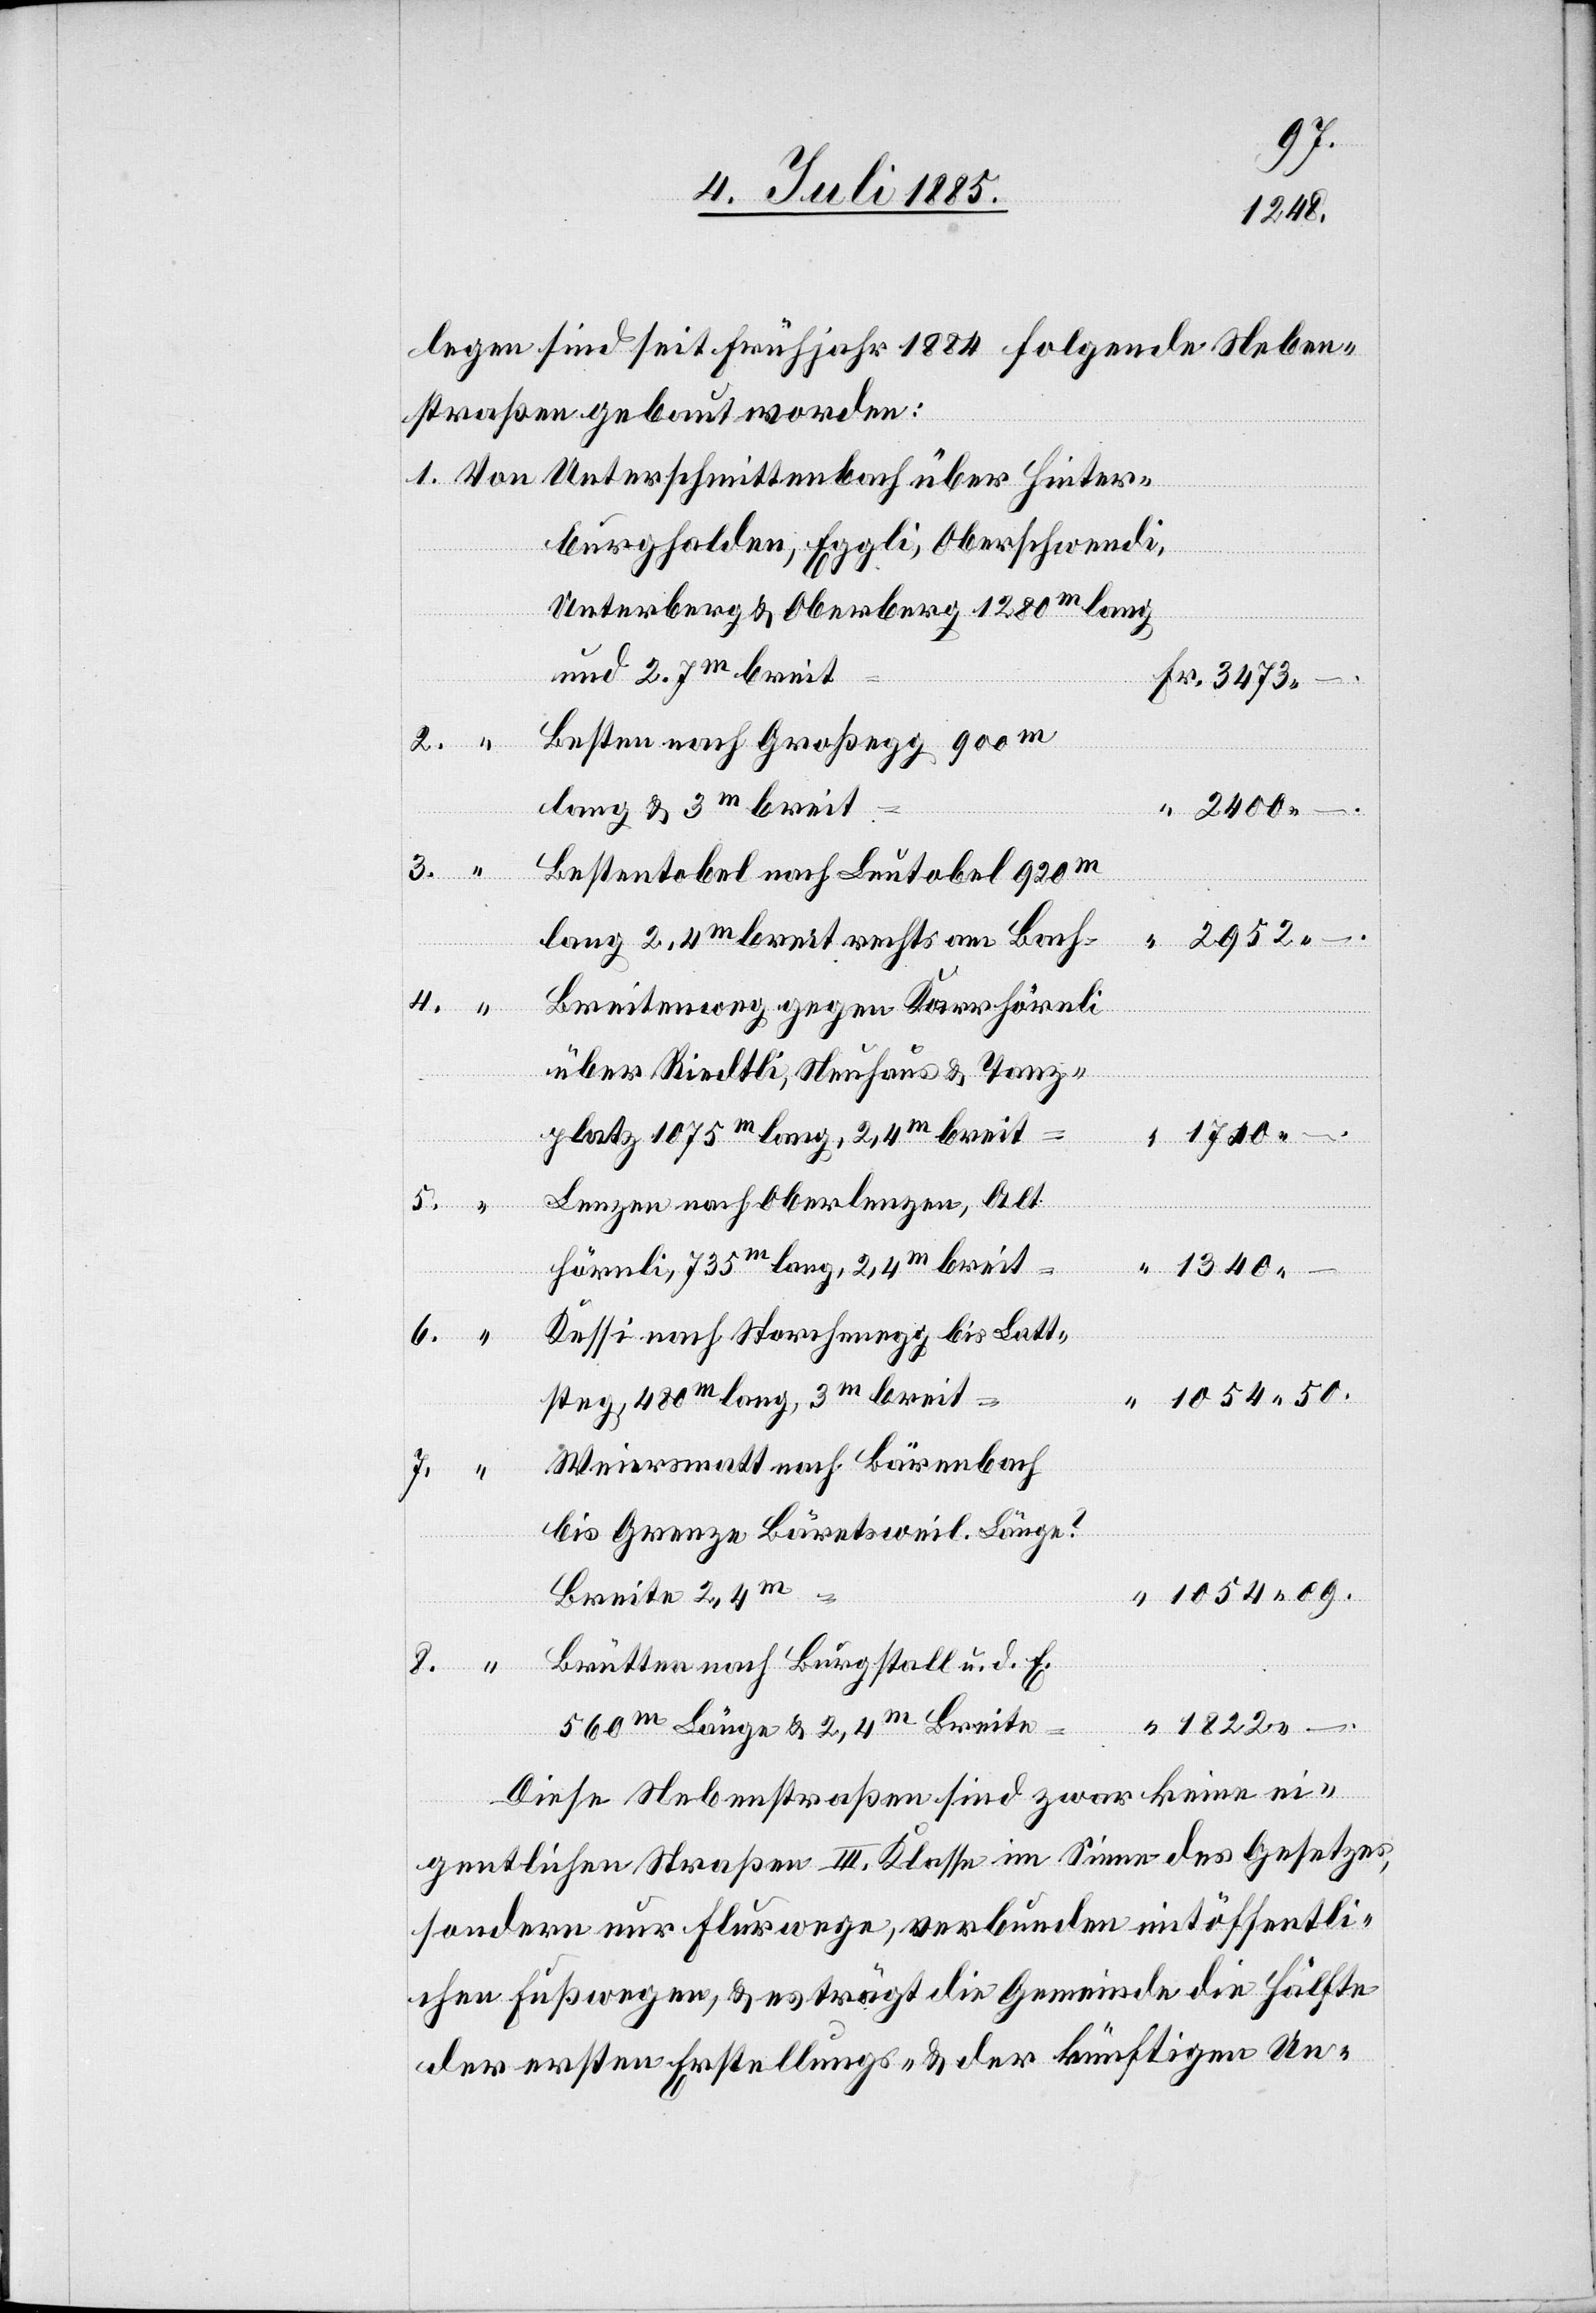
1340
legen sind seit Frühjahr 1884 folgende Neben¬
straßen gebaut worden:
burghalden, Eggli, Oberschwendi,
Hinter¬
Unterberg & Oberberg 1280m lang
und 2.7m breit
Besten nach Großegg 900m
4.
8.
3.
Bestentobel nach Leutobel 920m
lang 2.4m breit rechts am Bach
50.
Breitenweg gegen Karrhörnli
über Riedtli, Neuhaus & Tanz¬
platz 1075m lang, 2,4m breit
Lenzen nach Oberlenzen, Alt
Hörnli, 735m lang, 2,4m breit
Kessi nach Storchenegg bis Latt¬
steg, 480m lang, 3m breit
Weiersmatt nach Bärenbach
7.
bis Grenze Bäretsweil. Länge
Breite 2,4m
“
Brütten nach Burgstall u. d. E.
560m Länge & 2,4m Breite
–.
Diese Nebenstraßen sind zwar keine ei¬
gentlichen Straßen III. Klasse im Sinne des Gesetzes,
sondern nur Flurwege, verbunden mit öffentli¬
chen Fußwegen, & es trägt die Gemeinde die Hälfte
der ersten Erstellungs- & der künftigen Un-